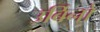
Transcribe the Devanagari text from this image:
उर्बिनो